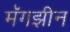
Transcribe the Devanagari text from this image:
मॅगझीन